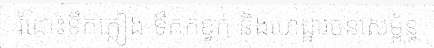
រំដោះទឹកភ្លៀង ទឹកកខ្វក់ និងហេដ្ឋារចនាសម្ព័ន្ធ